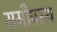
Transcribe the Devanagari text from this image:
समीपस्‍थ